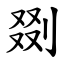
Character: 剟